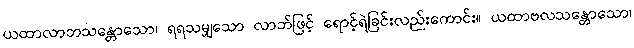
ယထာလာဘသန္တောသော၊ ရရသမျှသော လာဘ်ဖြင့် ရောင့်ရဲခြင်းလည်းကောင်း။ ယထာဗလသန္တောသော၊